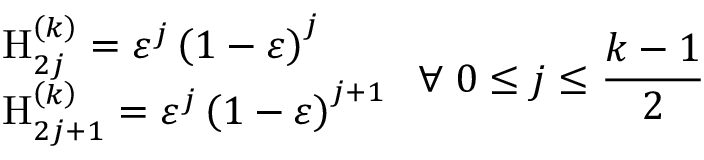
\begin{array} { l } { { \mathrm { H } _ { 2 j } ^ { \left( k \right) } = \varepsilon ^ { j } \left( 1 - \varepsilon \right) ^ { j } } } \\ { { \mathrm { H } _ { 2 j + 1 } ^ { \left( k \right) } = \varepsilon ^ { j } \left( 1 - \varepsilon \right) ^ { j + 1 } } } \end{array} \; \forall \; 0 \leq j \leq \frac { k - 1 } 2